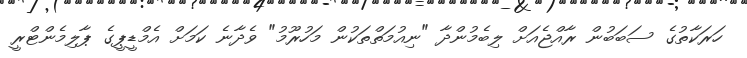
ހަރަކާތުގެ ސަބަބުން ރާއްޖެއަށް ލިބެމުންދާ "ނިއުމަތްތަކުން މަހުރޫމު" ވެދާނެ ކަމަށް އެމްޑީޕީގެ ޕާލިމެންޓްރީ